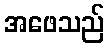
အဖေသည်